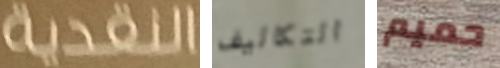
النقدية التكاليف حميم